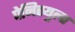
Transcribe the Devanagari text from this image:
पेनिस्युला